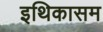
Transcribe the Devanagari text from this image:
इथिकासम